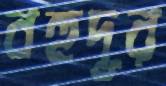
বহুদূর